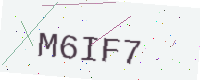
Text: M6IF7